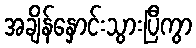
အချိန်နှောင်းသွားပြီကွာ